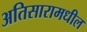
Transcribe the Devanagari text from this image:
अतिसारामधील